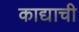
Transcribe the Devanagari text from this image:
काद्याची